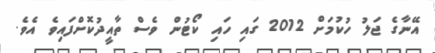
އޭނާގެ ޖަލު ހުކުމަށް 2012 ގައި ހައި ކޯޓުން ވެސް ތާއީދުކޮށްފައިވެ އެވެ.